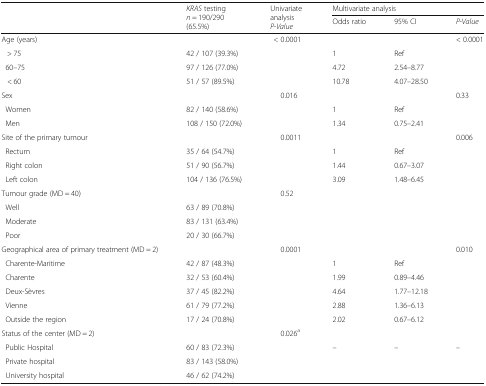
<table><thead><tr><td rowspan="2"></td><td rowspan="2"><b><i>KRAS</i> testing<i>n</i> = 190/290 (65.5%)</b></td><td rowspan="2"><b>Univariate analysis<i>P-Value</i></b></td><td colspan="3"><b>Multivariate analysis</b></td></tr><tr><td><b>Odds ratio</b></td><td><b>95% CI</b></td><td><b><i>P-Value</i></b></td></tr></thead><tbody><tr><td>Age (years)</td><td></td><td>&lt; 0.0001</td><td></td><td></td><td>&lt; 0.0001</td></tr><tr><td>&gt; 75</td><td>42 / 107 (39.3%)</td><td></td><td>1</td><td>Ref</td><td></td></tr><tr><td> 60–75</td><td>97 / 126 (77.0%)</td><td></td><td>4.72</td><td>2.54–8.77</td><td></td></tr><tr><td>&lt; 60</td><td>51 / 57 (89.5%)</td><td></td><td>10.78</td><td>4.07–28.50</td><td></td></tr><tr><td>Sex</td><td></td><td>0.016</td><td></td><td></td><td>0.33</td></tr><tr><td> Women</td><td>82 / 140 (58.6%)</td><td></td><td>1</td><td>Ref</td><td></td></tr><tr><td> Men</td><td>108 / 150 (72.0%)</td><td></td><td>1.34</td><td>0.75–2.41</td><td></td></tr><tr><td>Site of the primary tumour</td><td></td><td>0.0011</td><td></td><td></td><td>0.006</td></tr><tr><td> Rectum</td><td>35 / 64 (54.7%)</td><td></td><td>1</td><td>Ref</td><td></td></tr><tr><td> Right colon</td><td>51 / 90 (56.7%)</td><td></td><td>1.44</td><td>0.67–3.07</td><td></td></tr><tr><td> Left colon</td><td>104 / 136 (76.5%)</td><td></td><td>3.09</td><td>1.48–6.45</td><td></td></tr><tr><td>Tumour grade (MD = 40)</td><td></td><td>0.52</td><td></td><td></td><td></td></tr><tr><td> Well</td><td>63 / 89 (70.8%)</td><td></td><td></td><td></td><td></td></tr><tr><td> Moderate</td><td>83 / 131 (63.4%)</td><td></td><td></td><td></td><td></td></tr><tr><td> Poor</td><td>20 / 30 (66.7%)</td><td></td><td></td><td></td><td></td></tr><tr><td>Geographical area of primary treatment (MD = 2)</td><td></td><td>0.0001</td><td></td><td></td><td>0.010</td></tr><tr><td> Charente-Maritime</td><td>42 / 87 (48.3%)</td><td></td><td>1</td><td>Ref</td><td></td></tr><tr><td> Charente</td><td>32 / 53 (60.4%)</td><td></td><td>1.99</td><td>0.89–4.46</td><td></td></tr><tr><td> Deux-Sèvres</td><td>37 / 45 (82.2%)</td><td></td><td>4.64</td><td>1.77–12.18</td><td></td></tr><tr><td> Vienne</td><td>61 / 79 (77.2%)</td><td></td><td>2.88</td><td>1.36–6.13</td><td></td></tr><tr><td> Outside the region</td><td>17 / 24 (70.8%)</td><td></td><td>2.02</td><td>0.67–6.12</td><td></td></tr><tr><td>Status of the center (MD = 2)</td><td></td><td>0.026<sup>a</sup></td><td></td><td></td><td></td></tr><tr><td> Public Hospital</td><td>60 / 83 (72.3%)</td><td></td><td>–</td><td>–</td><td>–</td></tr><tr><td> Private hospital</td><td>83 / 143 (58.0%)</td><td></td><td></td><td></td><td></td></tr><tr><td> University hospital</td><td>46 / 62 (74.2%)</td><td></td><td></td><td></td><td></td></tr></tbody></table>